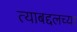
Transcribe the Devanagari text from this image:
त्याबद्दलच्या